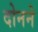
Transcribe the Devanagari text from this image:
दोनने